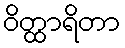
ဝိတ္ထာရိတာ